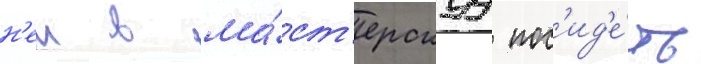
н'еи в ма́ст'ерскуу пос'ид'е́ть